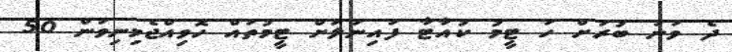
ދެ ވަނަ ބުރަށް ހަ ޓީމު ކުއާޓާ ފައިނަލަށް ޓީމުތައް ހޮވިއްޖެމިނިވަން 50